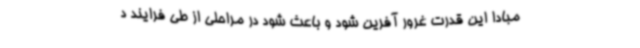
مبادا این قدرت غرور آفرین شود و باعث شود در مراحلی از طی فرایند د